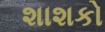
શાશકો